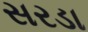
સરડા